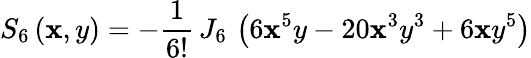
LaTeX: S_{6}\left(\mathbf{x},y\right)=-\frac{{1}}{{6!}}\, J_{6}\, \left(6\mathbf{x}^{5}y-20\mathbf{x}^{3}y^{3}+6\mathbf{x}y^{5}\right)